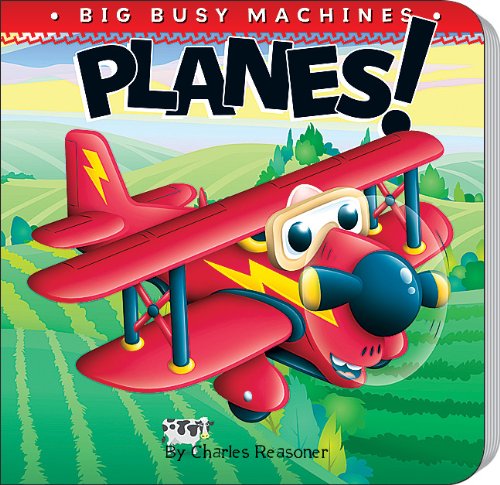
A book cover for Planes! (Big Busy Machines); Charles Reasoner; Children's Books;